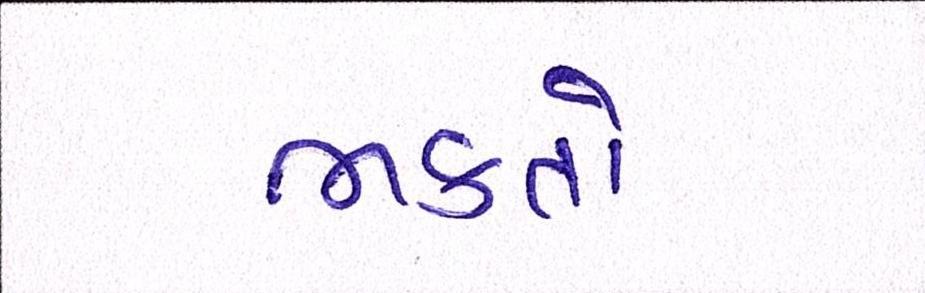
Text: ભક્તોનો